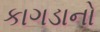
કાગડાનો